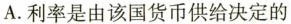
A. 利率是由该国货币供给决定的